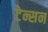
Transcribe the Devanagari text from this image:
टेन्सन